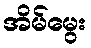
အိမ်မွေး